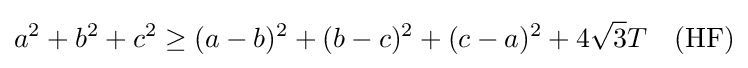
a^{2}+b^{2}+c^{2}\geq (a-b)^{2}+(b-c)^{2}+(c-a)^{2}+4{\sqrt {3}}T\quad {\mbox{(HF)}}